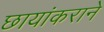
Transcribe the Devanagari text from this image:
छायांकराने